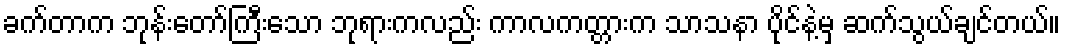
ခက်တာက ဘုန်းတော်ကြီးသော ဘုရားကလည်း ကာလကတ္တားက သာသနာ ပိုင်နဲ့မှ ဆက်သွယ်ချင်တယ်။